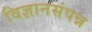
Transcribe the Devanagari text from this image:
विज्ञानसंपन्न